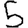
Digit: 5